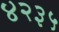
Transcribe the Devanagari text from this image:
४२३५